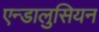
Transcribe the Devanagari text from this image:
एन्डालुसियन